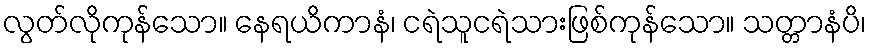
လွတ်လိုကုန်သော။ နေရယိကာနံ၊ ငရဲသူငရဲသားဖြစ်ကုန်သော။ သတ္တာနံပိ၊